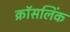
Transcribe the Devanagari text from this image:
क्रॉसलिंक